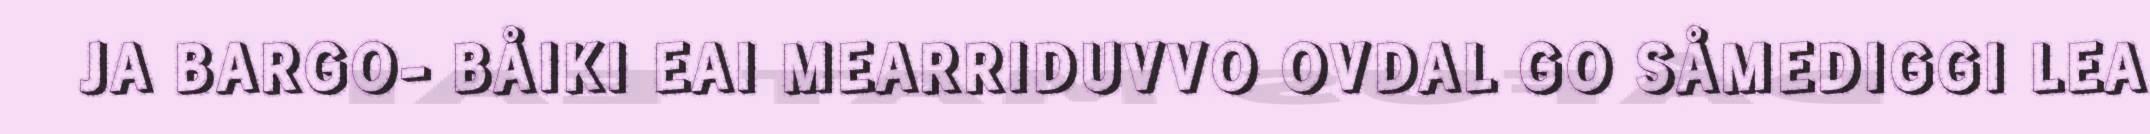
JA BARGO- BÅIKI EAI MEARRIDUVVO OVDAL GO SÅMEDIGGI LEA